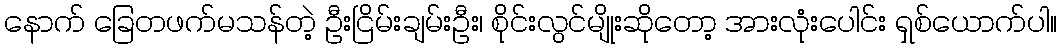
နောက် ခြေတဖက်မသန်တဲ့ ဦးငြိမ်းချမ်းဦး၊ စိုင်းလွင်မျိုးဆိုတော့ အားလုံးပေါင်း ရှစ်ယောက်ပါ။